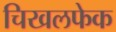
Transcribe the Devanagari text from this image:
चिखलफेक